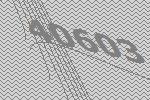
40603